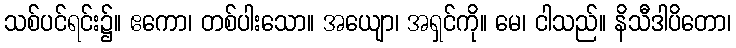
သစ်ပင်ရင်း၌။ ဧကော၊ တစ်ပါးသော။ အယျော၊ အရှင်ကို။ မေ၊ ငါသည်။ နိသီဒါပိတော၊